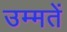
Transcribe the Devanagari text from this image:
उम्मतें